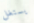
يستغل